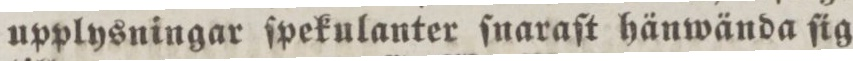
upplysningar ſpekulanter ſnaraſt hänwända ſig